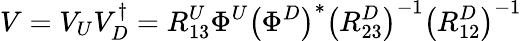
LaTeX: V=V_{U}V_{D}^{\dagger}=R_{13}^{U}\Phi^{U}\left(\Phi^{D}\right)^{\ast}\left(R_{23}^{D}\right)^{-1}\left(R_{12}^{D}\right)^{-1}